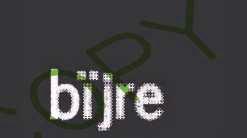
bïjre